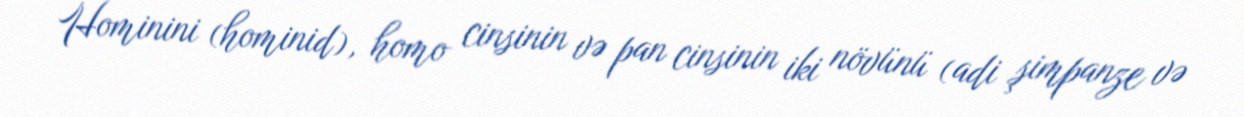
Hominini (hominid), homo cinsinin və pan cinsinin iki növünü (adi şimpanze və